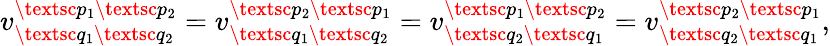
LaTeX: v_{\textsc{q}_{1}\textsc{q}_{2}}^{\textsc{p}_{1}\textsc{p}_{2}}=v_{\textsc{q}_{1}\textsc{q}_{2}}^{\textsc{p}_{2}\textsc{p}_{1}}=v_{\textsc{q}_{2}\textsc{q}_{1}}^{\textsc{p}_{1}\textsc{p}_{2}}=v_{\textsc{q}_{2}\textsc{q}_{1}}^{\textsc{p}_{2}\textsc{p}_{1}},